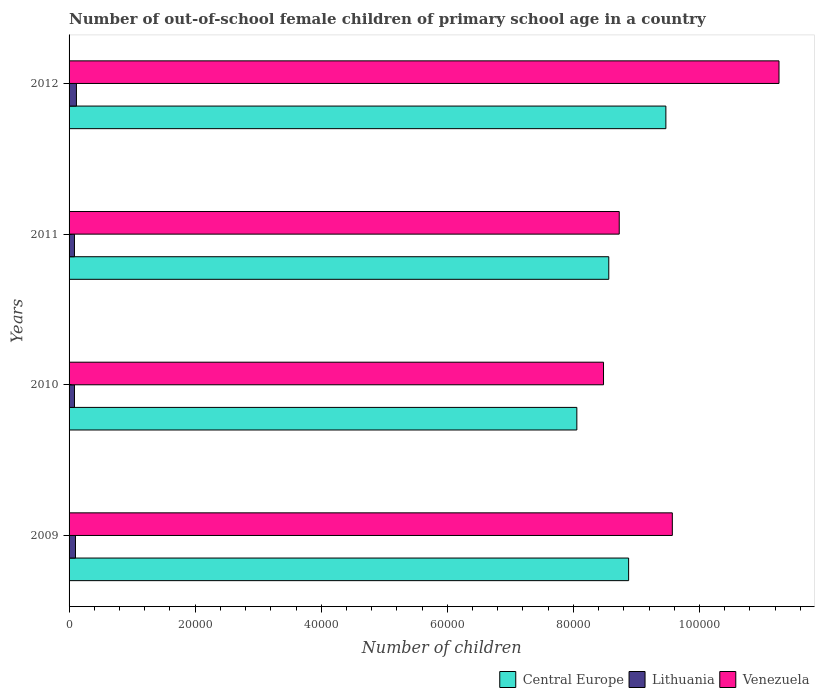
| Years | Central Europe | Lithuania | Venezuela |
 | --- | --- | --- | --- |
 | 2009 | 8.88e+04 | 1.02e+03 | 9.57e+04 |
 | 2010 | 8.06e+04 | 857 | 8.48e+04 |
 | 2011 | 8.56e+04 | 855 | 8.73e+04 |
 | 2012 | 9.47e+04 | 1.17e+03 | 1.13e+05 |